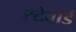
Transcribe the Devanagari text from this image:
स्टेवार्ड